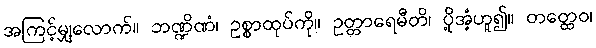
အကြင့်မျှလောက်။ ဘဏ္ဍိဏံ၊ ဥစ္စာထုပ်ကို။ ဥတ္တာရေမီတိ၊ ပို့အံ့ဟူ၍။ တတ္ထေဝ၊